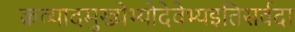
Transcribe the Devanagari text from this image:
क्रव्यादमुख्येभ्योदेवेभ्यइतिसर्वदा